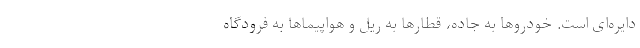
دایره‌ای است. خودروها به جاده، قطارها به ریل و هواپیماها به فرودگاه